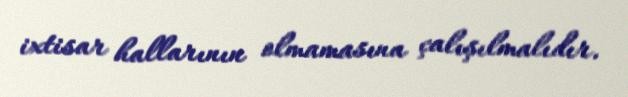
ixtisar hallarının olmamasına çalışılmalıdır.